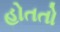
હોતતો